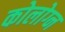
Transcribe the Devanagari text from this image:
कोलोग्न